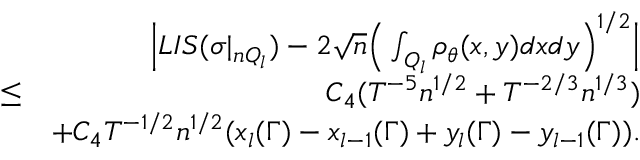
\begin{array} { r l r } & { } & { \Big | L I S ( \sigma | _ { n Q _ { l } } ) - 2 \sqrt { n } \Big ( \int _ { Q _ { l } } \rho _ { \theta } ( x , y ) d x d y \Big ) ^ { 1 \slash 2 } \Big | } \\ & { \leq } & { C _ { 4 } ( T ^ { - 5 } n ^ { 1 \slash 2 } + T ^ { - 2 \slash 3 } n ^ { 1 \slash 3 } ) } \\ & { } & { + C _ { 4 } T ^ { - 1 \slash 2 } n ^ { 1 \slash 2 } ( x _ { l } ( \Gamma ) - x _ { l - 1 } ( \Gamma ) + y _ { l } ( \Gamma ) - y _ { l - 1 } ( \Gamma ) ) . } \end{array}